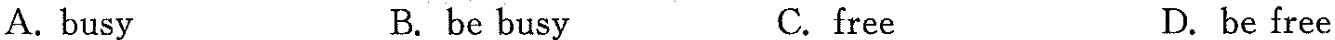
A. busy B. be busy C.free D. be free